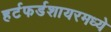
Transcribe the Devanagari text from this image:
हर्टफर्डशायरमध्ये